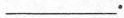
___.